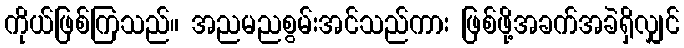
ကိုယ်ဖြစ်ကြသည်။ အညမညစွမ်းအင်သည်ကား ဖြစ်ဖို့အခက်အခဲရှိလျှင်